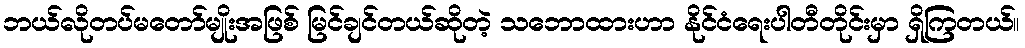
ဘယ်လိုတပ်မတော်မျိုးအဖြစ် မြင်ချင်တယ်ဆိုတဲ့ သဘောထားဟာ နိုင်ငံရေးပါတီတိုင်းမှာ ရှိကြတယ်။